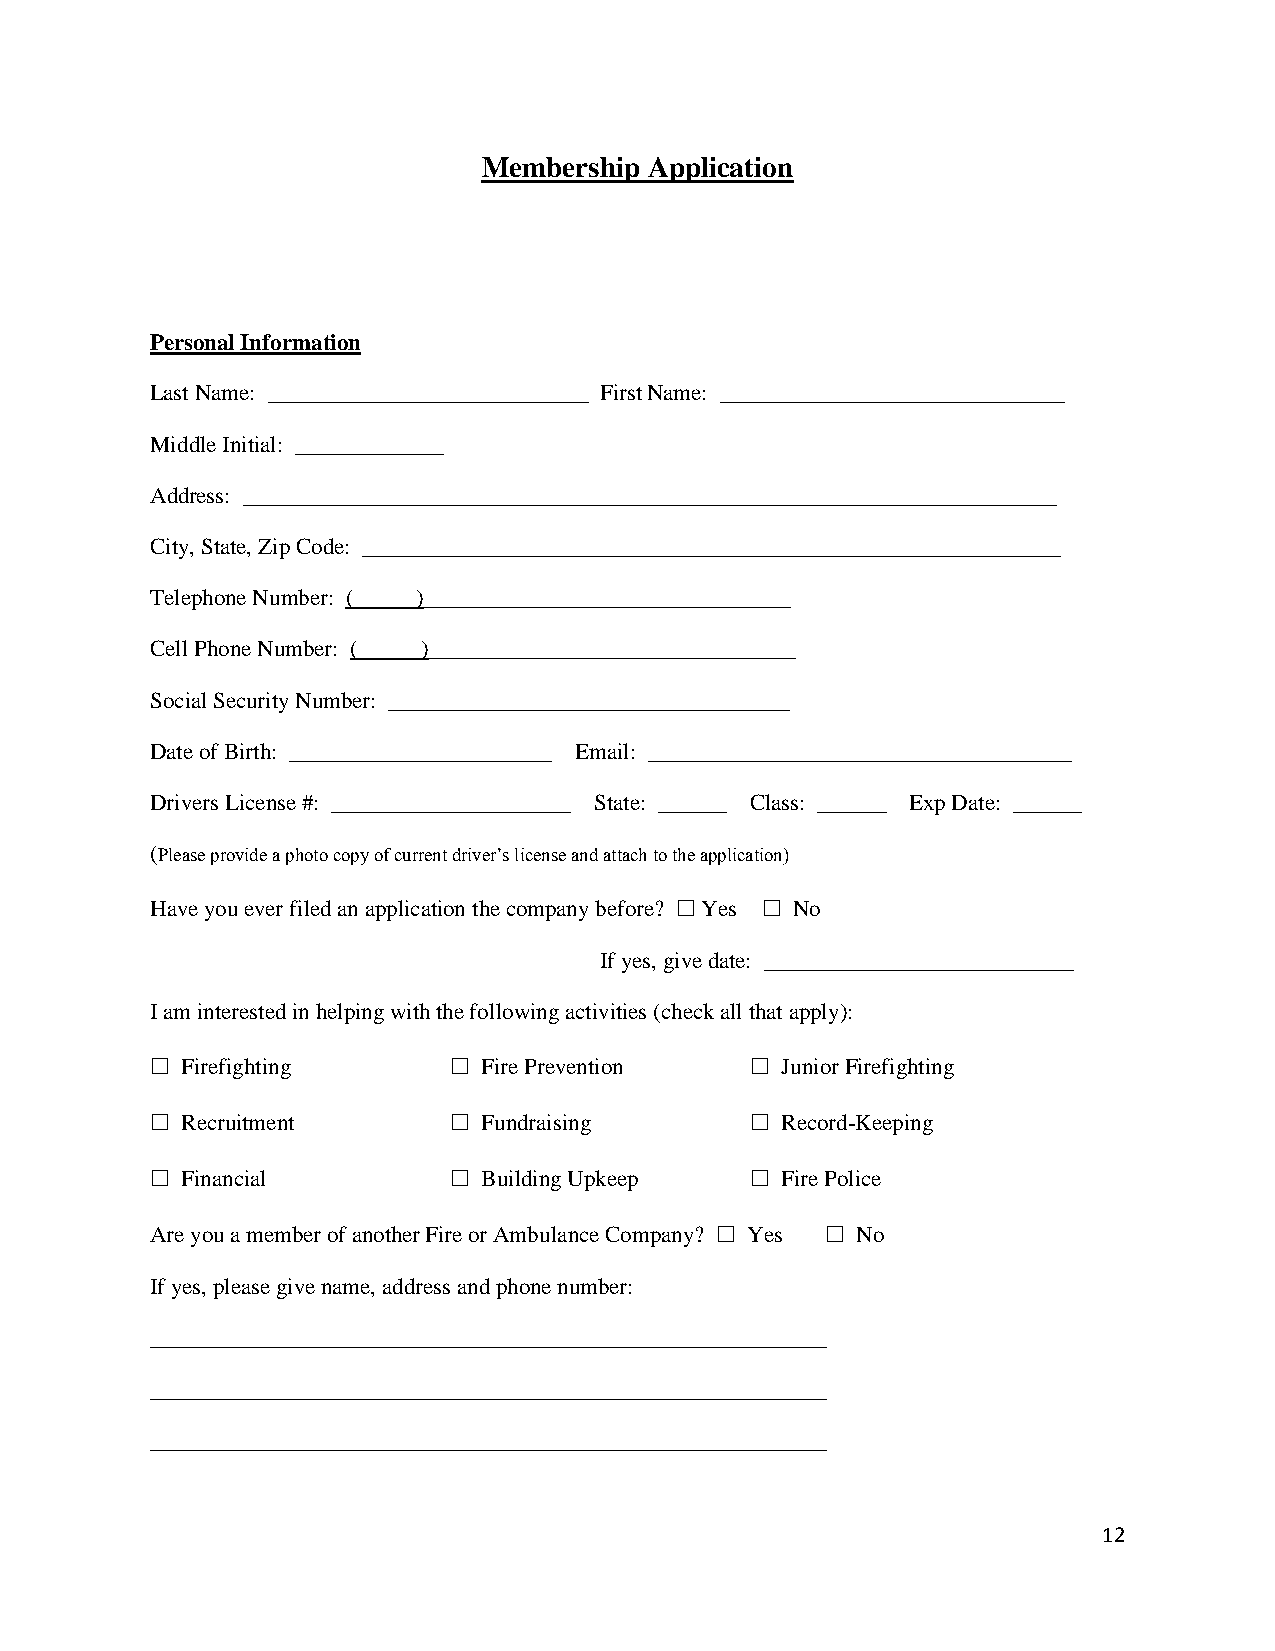
Membership Application
 Personal Information
 Last Name: ____________________________ First Name: ______________________________
 Middle Initial: _____________
 Address: _______________________________________________________________________
 City, State, Zip Code: _____________________________________________________________
 Telephone Number: ( )________________________________
 Cell Phone Number: ( )________________________________
 Social Security Number: ___________________________________
 Date of Birth: _______________________ Email: _____________________________________
 Drivers License #: _____________________ State: ______ Class: ______ Exp Date: ______
 (Please provide a photo copy of current driver’s license and attach to the application)
 Have you ever filed an application the company before? ☐ Yes ☐ No
 If yes, give date: ___________________________
 I am interested in helping with the following activities (check all that apply):
 ☐ Firefighting      ☐ Fire Prevention   ☐ Junior Firefighting
 ☐ Recruitment       ☐ Fundraising       ☐ Record-Keeping
 ☐ Financial         ☐ Building Upkeep   ☐ Fire Police
 Are you a member of another Fire or Ambulance Company? ☐ Yes ☐ No
 If yes, please give name, address and phone number:
 ___________________________________________________________
 ___________________________________________________________
 ___________________________________________________________
 12